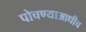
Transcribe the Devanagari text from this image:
पोचण्याआधीच